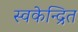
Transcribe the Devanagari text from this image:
स्वकेन्द्रित